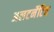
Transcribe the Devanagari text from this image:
अलटर्नेटिव